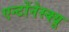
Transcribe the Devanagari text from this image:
एन्टोंनेस्क्यू